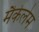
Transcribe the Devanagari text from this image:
मैकेलेम